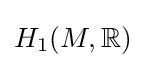
H_{1}(M,\mathbb {R} )